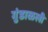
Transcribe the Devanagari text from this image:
गुंडाळली